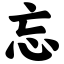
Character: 忘